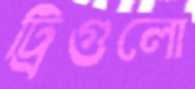
ট্রিগুলো